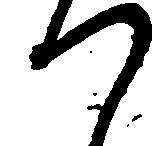
つ